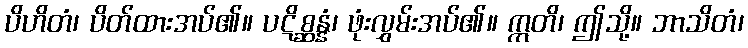
ပိဟိတံ၊ ပိတ်ထားအပ်၏။ ပဋိစ္ဆန္နံ၊ ဖုံးလွှမ်းအပ်၏။ ဣတိ၊ ဤသို့။ ဘာသိတံ၊